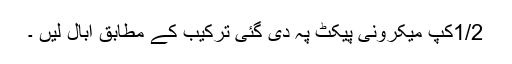
1/2کپ میکرونی پیکٹ پہ دی گئی ترکیب کے مطابق ابال لیں ۔